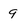
Character: 9